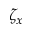
\zeta _ { x }